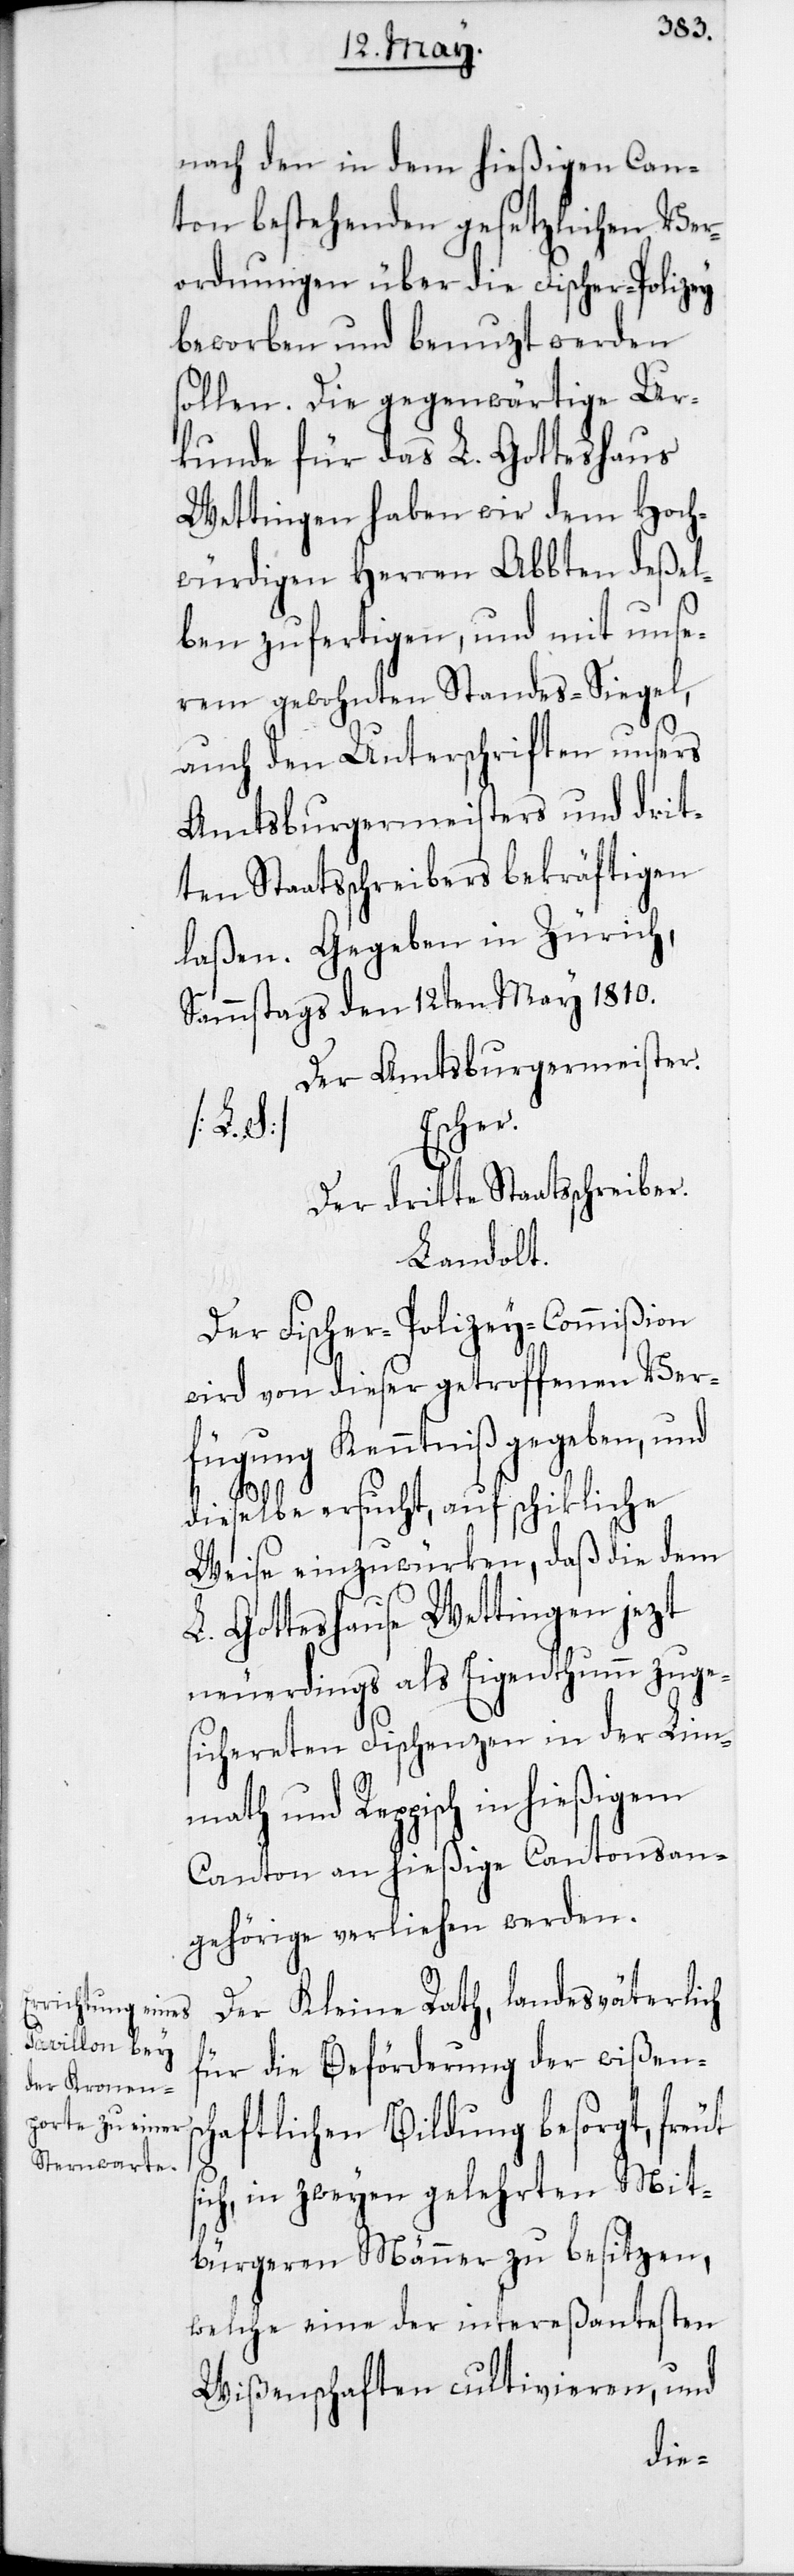
nach den in dem hießigen Can¬
ton bestehenden gesetzlichen Ver¬
ordnungen über die Fischer-Polizey
beworben und benuzt werden
sollen. Die gegenwärtige Ur¬
kunde für das L. Gotteshaus
Wettingen haben wir dem Hoch¬
würdigen Herren Abbten deßel¬
ben zufertigen, und mit unse¬
rem gewohnten Standes-Siegel,
auch den Unterschriften unsers
Amtsburgermeisters und drit¬
ten Staatsschreibers bekräftigen
Gegeben in Zürich,
Sammstags den 12ten May 1810.
Der Amtsburgermeister.
Escher.
s¬
Der dritte Staatsschreiber.
Landolt.
Der Fischer-Polizey-Commißion
wird von dieser getroffenen Ver¬
fügung Kenntniß gegeben,
dieselbe ersucht, auf schikliche
Weise einzuwürken, daß die dem
L. Gotteshause Wettingen jezt
neuerdings als Eigenthumm zuge¬
sichereten Fischenzen in der Lim¬
math und Reppisch in hießigem
Canton an hießige Cantonsan¬
gehörige verliehen werden.
Der Kleine Rath, landesväterlich
für die Beförderung der wißens¬
chaftlichen Bildung besorgt, freut
ich, in zweyen gelehrten Mit¬
bürgeren Männer zu besitzen,
welche eine der intereßantesten
Wißenschaften cultivieren, und